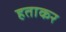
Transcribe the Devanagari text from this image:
हताकर